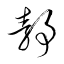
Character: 靜